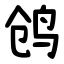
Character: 鸧